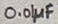
Text: 0.01µF